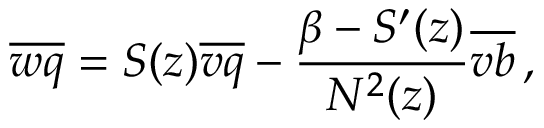
\overline { { w q } } = { \cal S } ( z ) \overline { { v q } } - \frac { \beta - { \cal S } ^ { \prime } ( z ) } { N ^ { 2 } ( z ) } \overline { { v b } } \, ,